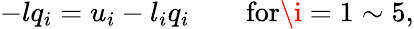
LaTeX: -lq_{i}=u_{i}-l_{i}q_{i}\quad\quad\mathrm{for}\i=1\sim 5,